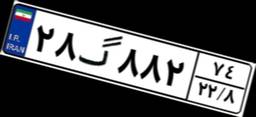
۲۱گ۰۴۹۰۰